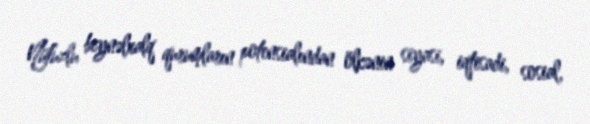
Nüfuzlu beynəlxalq qurumların potensialından ölkənin siyasi, iqtisadi, sosial,